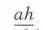
\(\frac{ah}{}\)